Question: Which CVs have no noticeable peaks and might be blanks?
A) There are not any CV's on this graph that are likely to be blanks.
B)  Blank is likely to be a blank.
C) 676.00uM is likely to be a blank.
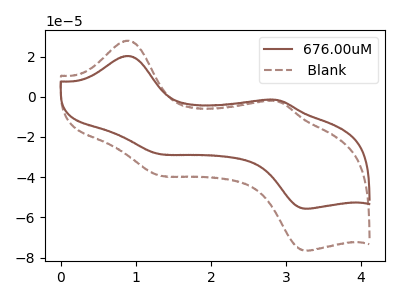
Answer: <think>The brown curve "676.00uM" has anodic peaks at (0.90V, 20.30uA) (2.90V, -1.60uA) and cathodic peaks at (1.30V, -28.50uA) (3.30V, -55.70uA). The brown dashed curve " Blank" has anodic peaks at (0.90V, 27.90uA) (2.90V, -2.20uA) and cathodic peaks at (1.30V, -39.20uA) (3.30V, -76.60uA).</think>
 <answer>A) There are not any CV's on this graph that are likely to be blanks.</answer>
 <eval>A</eval>